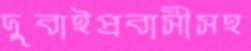
দুবাইপ্রবাসীসহ